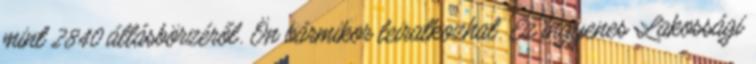
mint 2840 állásbörzéről. Ön bármikor leiratkozhat. Ez ingyenes Lakossági